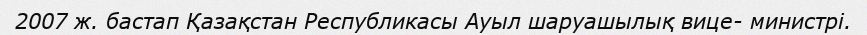
2007 ж. бастап Қазақстан Республикасы Ауыл шаруашылық вице- министрі.